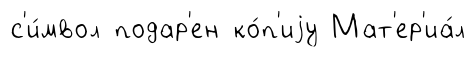
с'и́мвол подар'ен ко́п'иjу Мат'ер'иа́л